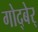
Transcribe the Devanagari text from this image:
गोद्बेर्